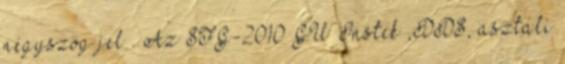
négyszög jel . Az SFG-2010 GW Instek ,DDS, asztali